Riigikantselei, lk 71
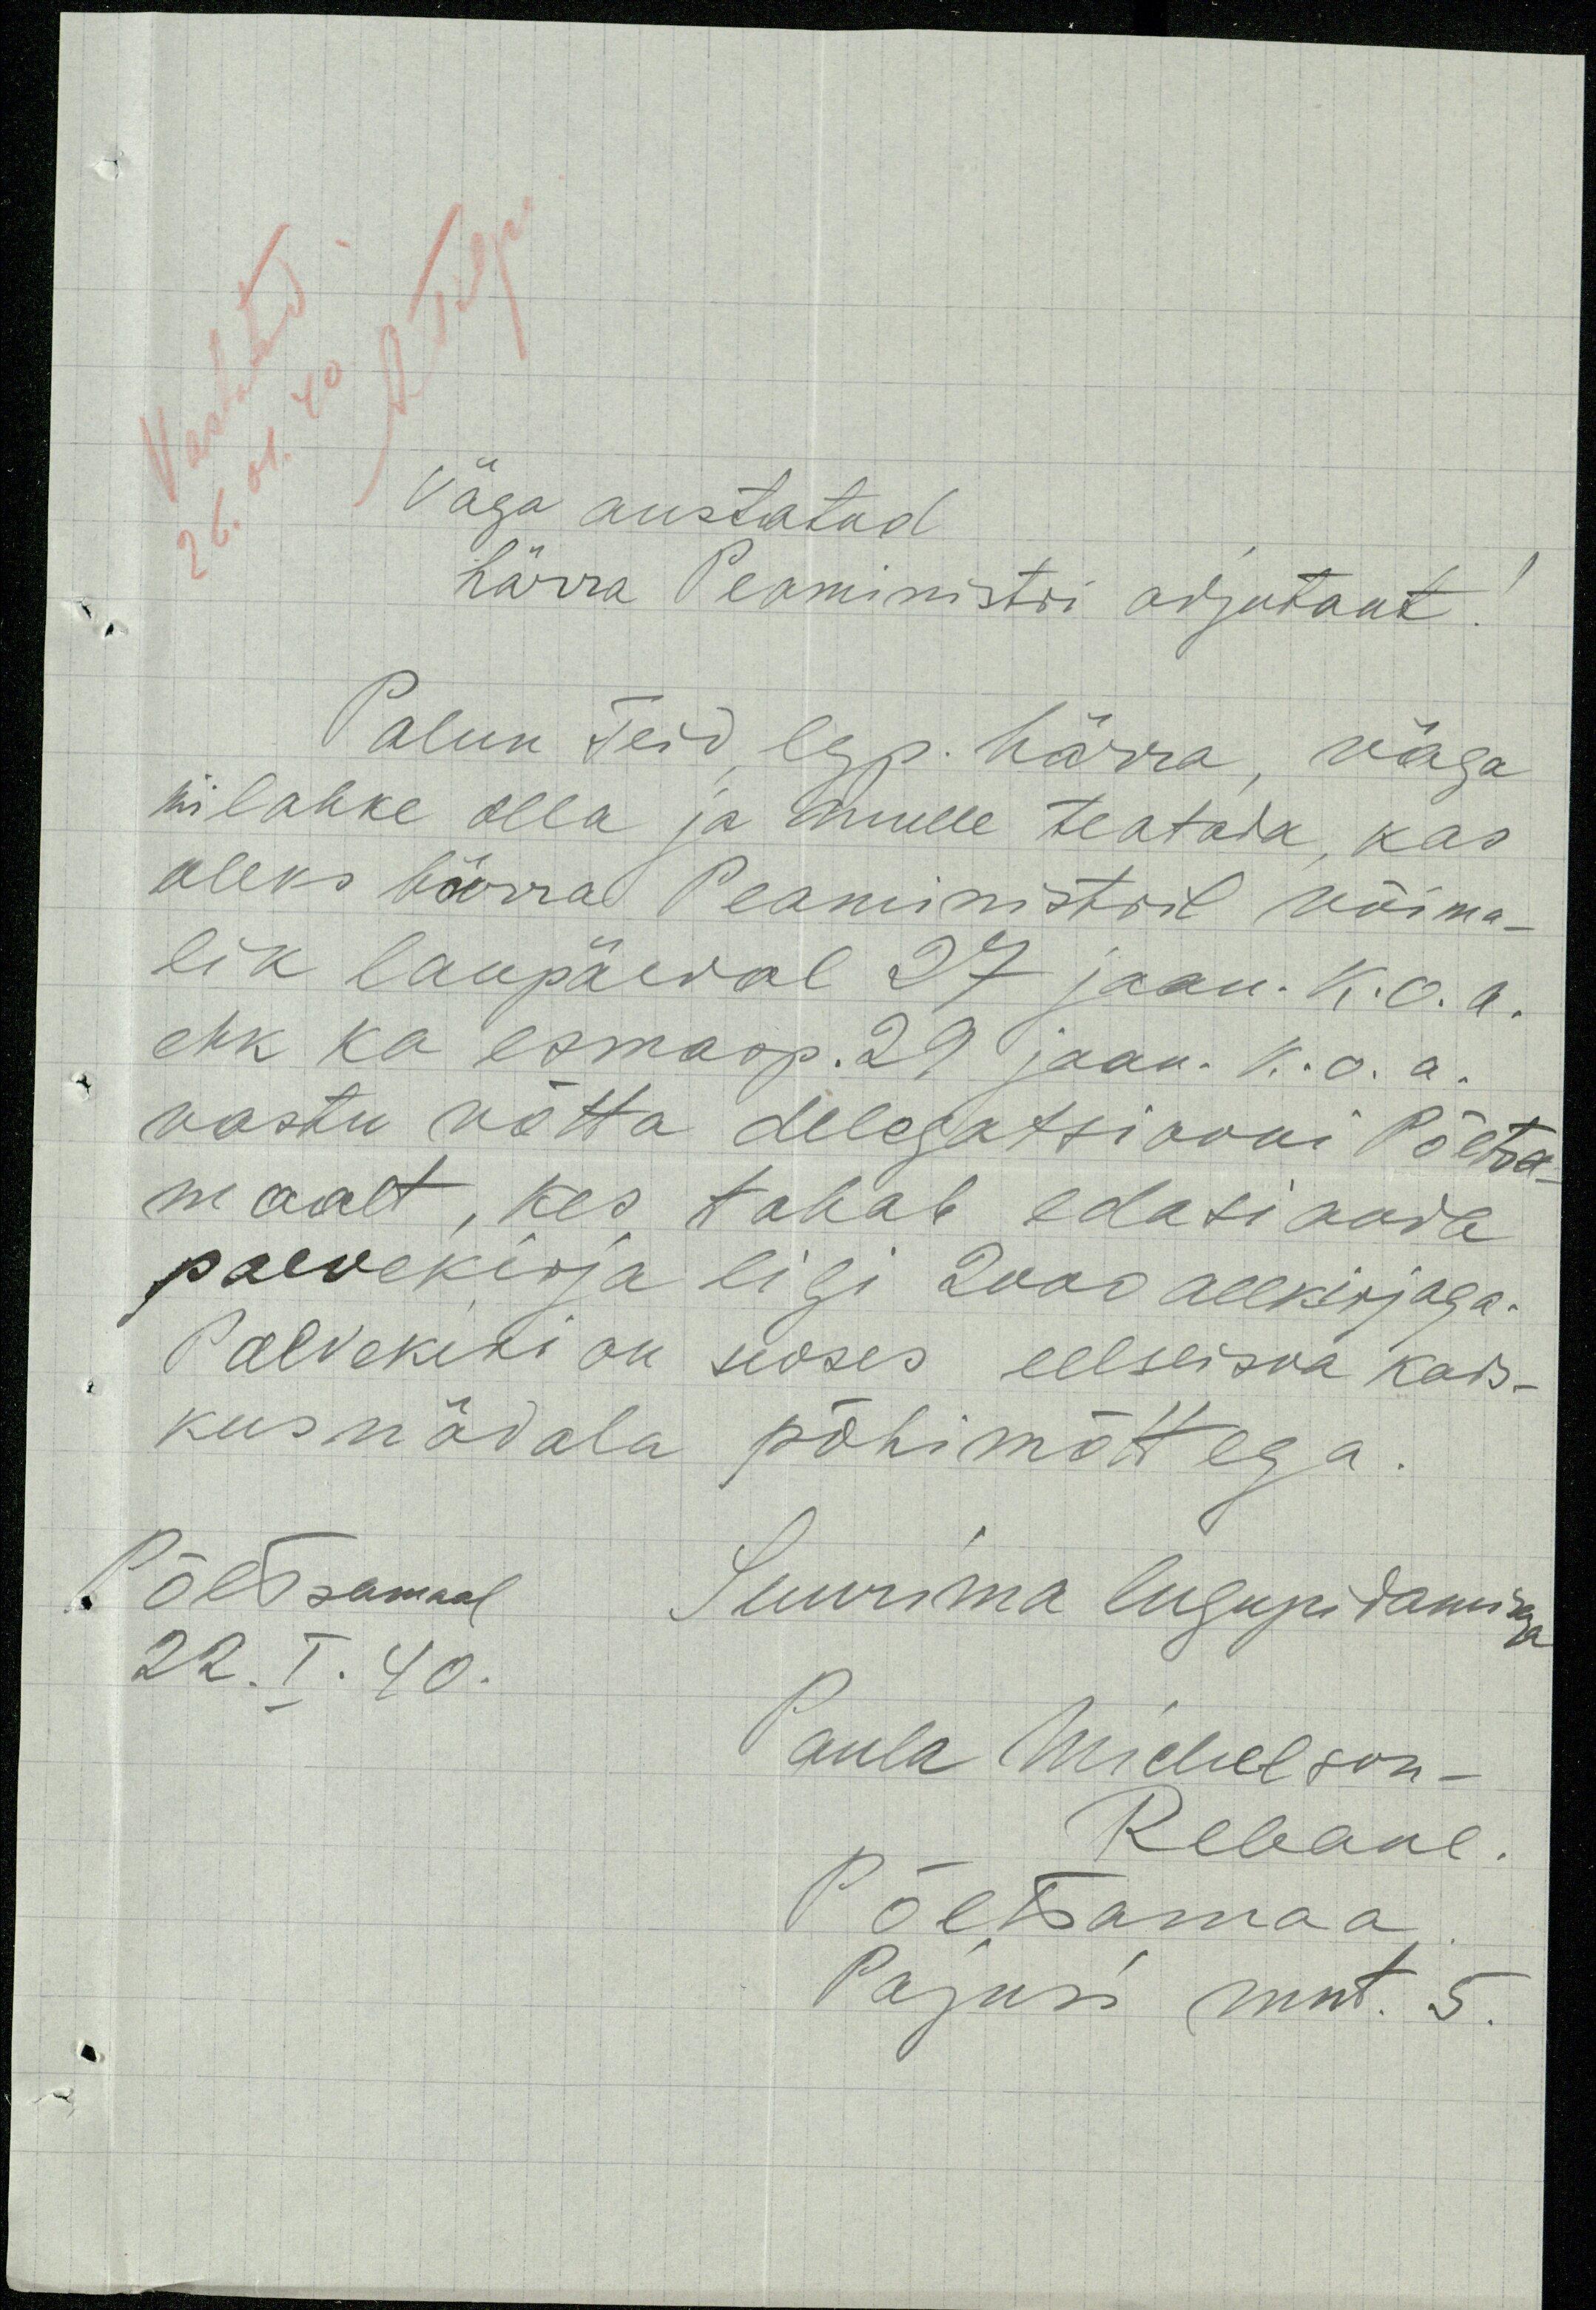
Väga austatud.
härra Peaministri adjutant!
Palun Teid, lgp. härra, väga
nii lahke olla ja mulle teatada, kas
oleks härra Peaministril võima-
lik laupäeval 27 jaan. K.o.a.
ehk ka esmaop. 29 jaan. K.o.a.
vastu võtta delegatesiooni Põltsa-
maalt, kes tahab edasianda
palvekirja ligi 2000 allkirjaga.
Palvekiri on seoses eelseisva kars-
kusnädala põhimõttega.
Põltsamaal
Suurima lugupidamiga
22. I. 40.
Paula Michelson-
Rebane
Põltsamaa
Pajusi mnt. 5.